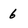
Character: 6